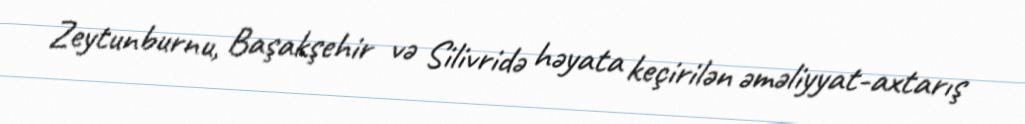
Zeytunburnu, Başakşehir və Silivridə həyata keçirilən əməliyyat-axtarış